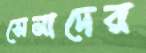
সেনাদের